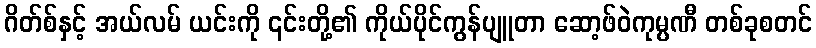
ဂိတ်စ်နှင့် အယ်လမ် ယင်းကို ၎င်းတို့၏ ကိုယ်ပိုင်ကွန်ပျူတာ ဆော့ဖ်ဝဲကုမ္ပဏီ တစ်ခုစတင်